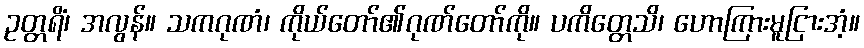
ဥတ္တရိံ၊ အလွန်။ သကဂုဏံ၊ ကိုယ်တော်၏ဂုဏ်တော်ကို။ ပကိတ္တေသိ၊ ဟောကြားမူငြားအံ့။